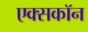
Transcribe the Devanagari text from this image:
एक्सकॉन